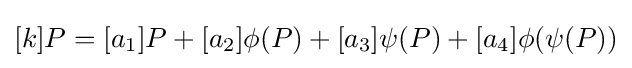
[k]P=[a_{1}]P+[a_{2}]\phi (P)+[a_{3}]\psi (P)+[a_{4}]\phi (\psi (P))